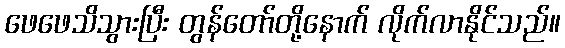
ဖေဖေသိသွားပြီး တွန်တော်တို့နောက် လိုက်လာနိုင်သည်။